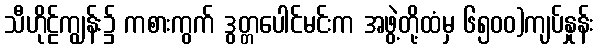
သီဟိုဠ်ကျွန်း၌ ကစားကွက် ဒွတ္တပေါင်မင်းက အဖွဲ့တို့ထံမှ ၆၅၀၀)ကျပ်နှုန်း